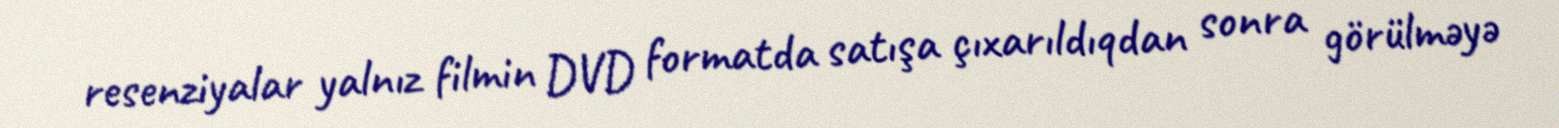
resenziyalar yalnız filmin DVD formatda satışa çıxarıldıqdan sonra görülməyə